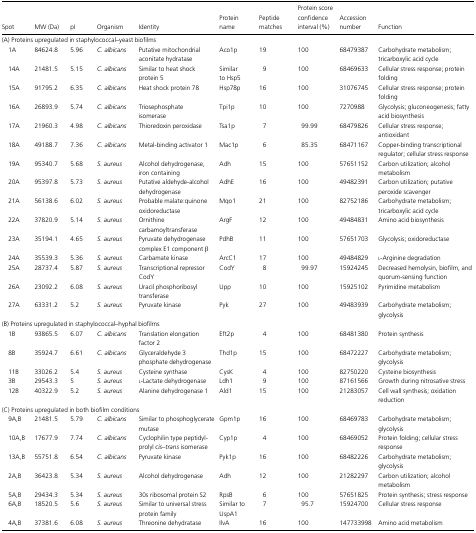
<table><thead><tr><td><b>Spot</b></td><td><b>MW (Da)</b></td><td><b>pI</b></td><td><b>Organism</b></td><td><b>Identity</b></td><td><b>Protein name</b></td><td><b>Peptide matches</b></td><td><b>Protein score confidence interval (%)</b></td><td><b>Accession number</b></td><td><b>Function</b></td></tr></thead><tbody><tr><td colspan="10">(A) Proteins upregulated in staphylococcal–yeast biofilms</td></tr><tr><td>1A</td><td>84624.8</td><td>5.96</td><td><i>C. albicans</i></td><td>Putative mitochondrial aconitate hydratase</td><td>Aco1p</td><td>19</td><td>100</td><td>68479387</td><td>Carbohydrate metabolism; tricarboxylic acid cycle</td></tr><tr><td>14A</td><td>21481.5</td><td>5.15</td><td><i>C. albicans</i></td><td>Similar to heat shock protein 5</td><td>Similar to Hsp5</td><td>9</td><td>100</td><td>68469633</td><td>Cellular stress response; protein folding</td></tr><tr><td>15A</td><td>91795.2</td><td>6.35</td><td><i>C. albicans</i></td><td>Heat shock protein 78</td><td>Hsp78p</td><td>16</td><td>100</td><td>31076745</td><td>Cellular stress response; protein folding</td></tr><tr><td>16A</td><td>26893.9</td><td>5.74</td><td><i>C. albicans</i></td><td>Triosephosphate isomerase</td><td>Tpi1p</td><td>10</td><td>100</td><td>7270988</td><td>Glycolysis; gluconeogenesis; fatty acid biosynthesis</td></tr><tr><td>17A</td><td>21960.3</td><td>4.98</td><td><i>C. albicans</i></td><td>Thioredoxin peroxidase</td><td>Tsa1p</td><td>7</td><td>99.99</td><td>68479826</td><td>Cellular stress response; antioxidant</td></tr><tr><td>18A</td><td>49188.7</td><td>7.36</td><td><i>C. albicans</i></td><td>Metal-binding activator 1</td><td>Mac1p</td><td>6</td><td>85.35</td><td>68471167</td><td>Copper-binding transcriptional regulator; cellular stress response</td></tr><tr><td>19A</td><td>95340.7</td><td>5.68</td><td><i>S. aureus</i></td><td>Alcohol dehydrogenase, iron containing</td><td>Adh</td><td>15</td><td>100</td><td>57651152</td><td>Carbon utilization; alcohol metabolism</td></tr><tr><td>20A</td><td>95397.8</td><td>5.73</td><td><i>S. aureus</i></td><td>Putative aldehyde-alcohol dehydrogenase</td><td>AdhE</td><td>16</td><td>100</td><td>49482391</td><td>Carbon utilization; putative peroxide scavenger</td></tr><tr><td>21A</td><td>56138.6</td><td>6.02</td><td><i>S. aureus</i></td><td>Probable malate:quinone oxidoreductase</td><td>Mqo1</td><td>21</td><td>100</td><td>82752186</td><td>Carbohydrate metabolism; tricarboxylic acid cycle</td></tr><tr><td>22A</td><td>37820.9</td><td>5.14</td><td><i>S. aureus</i></td><td>Ornithine carbamoyltransferase</td><td>ArgF</td><td>12</td><td>100</td><td>49484831</td><td>Amino acid biosynthesis</td></tr><tr><td>23A</td><td>35194.1</td><td>4.65</td><td><i>S. aureus</i></td><td>Pyruvate dehydrogenase complex E1 component β</td><td>PdhB</td><td>11</td><td>100</td><td>57651703</td><td>Glycolysis; oxidoreductase</td></tr><tr><td>24A</td><td>35539.3</td><td>5.36</td><td><i>S. aureus</i></td><td>Carbamate kinase</td><td>ArcC1</td><td>17</td><td>100</td><td>49484829</td><td>l-Arginine degradation</td></tr><tr><td>25A</td><td>28737.4</td><td>5.87</td><td><i>S. aureus</i></td><td>Transcriptional repressor CodY</td><td>CodY</td><td>8</td><td>99.97</td><td>15924245</td><td>Decreased hemolysin, biofilm, and quorum-sensing function</td></tr><tr><td>26A</td><td>23092.2</td><td>6.08</td><td><i>S. aureus</i></td><td>Uracil phosphoribosyl transferase</td><td>Upp</td><td>10</td><td>100</td><td>15925102</td><td>Pyrimidine metabolism</td></tr><tr><td>27A</td><td>63331.2</td><td>5.2</td><td><i>S. aureus</i></td><td>Pyruvate kinase</td><td>Pyk</td><td>27</td><td>100</td><td>49483939</td><td>Carbohydrate metabolism; glycolysis</td></tr><tr><td colspan="10">(B) Proteins upregulated in staphylococcal–hyphal biofilms</td></tr><tr><td>1B</td><td>93865.5</td><td>6.07</td><td><i>C. albicans</i></td><td>Translation elongation factor 2</td><td>Eft2p</td><td>4</td><td>100</td><td>68481380</td><td>Protein synthesis</td></tr><tr><td>8B</td><td>35924.7</td><td>6.61</td><td><i>C. albicans</i></td><td>Glyceraldehyde 3 phosphate dehydrogenase</td><td>Thd1p</td><td>15</td><td>100</td><td>68472227</td><td>Carbohydrate metabolism; glycolysis</td></tr><tr><td>11B</td><td>33026.2</td><td>5.4</td><td><i>S. aureus</i></td><td>Cysteine synthase</td><td>CysK</td><td>4</td><td>100</td><td>82750220</td><td>Cysteine biosynthesis</td></tr><tr><td>3B</td><td>29543.3</td><td>5</td><td><i>S. aureus</i></td><td>l-Lactate dehydrogenase</td><td>Ldh1</td><td>9</td><td>100</td><td>87161566</td><td>Growth during nitrosative stress</td></tr><tr><td>12B</td><td>40322.9</td><td>5.2</td><td><i>S. aureus</i></td><td>Alanine dehydrogenase 1</td><td>Ald1</td><td>15</td><td>100</td><td>21283057</td><td>Cell wall synthesis; oxidation reduction</td></tr><tr><td colspan="10">(C) Proteins upregulated in both biofilm conditions</td></tr><tr><td>9A,B</td><td>21481.5</td><td>5.79</td><td><i>C. albicans</i></td><td>Similar to phosphoglycerate mutase</td><td>Gpm1p</td><td>16</td><td>100</td><td>68469783</td><td>Carbohydrate metabolism; glycolysis</td></tr><tr><td>10A,B</td><td>17677.9</td><td>7.74</td><td><i>C. albicans</i></td><td>Cyclophilin type peptidyl-prolyl <i>cis</i>–<i>trans</i> isomerase</td><td>Cyp1p</td><td>4</td><td>100</td><td>68469052</td><td>Protein folding; cellular stress response</td></tr><tr><td>13A,B</td><td>55751.8</td><td>6.54</td><td><i>C. albicans</i></td><td>Pyruvate kinase</td><td>Pyk1p</td><td>16</td><td>100</td><td>68482226</td><td>Carbohydrate metabolism; glycolysis</td></tr><tr><td>2A,B</td><td>36423.8</td><td>5.34</td><td><i>S. aureus</i></td><td>Alcohol dehydrogenase</td><td>Adh</td><td>12</td><td>100</td><td>21282297</td><td>Carbon utilization; alcohol metabolism</td></tr><tr><td>5A,B</td><td>29434.3</td><td>5.34</td><td><i>S. aureus</i></td><td>30s ribosomal protein S2</td><td>RpsB</td><td>6</td><td>100</td><td>57651825</td><td>Protein synthesis; stress response</td></tr><tr><td>6A,B</td><td>18520.5</td><td>5.6</td><td><i>S. aureus</i></td><td>Similar to universal stress protein family</td><td>Similar to UspA1</td><td>7</td><td>95.7</td><td>15924700</td><td>Cellular stress response</td></tr><tr><td>4A,B</td><td>37381.6</td><td>6.08</td><td><i>S. aureus</i></td><td>Threonine dehydratase</td><td>IlvA</td><td>16</td><td>100</td><td>147733998</td><td>Amino acid metabolism</td></tr></tbody></table>